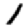
Digit: 1